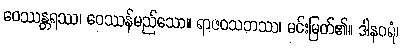
ဝေဿန္တရဿ၊ ဝေဿန်မည်သော။ ရာဇဝသဘဿ၊ မင်းမြတ်၏။ ဒါနဝရံ၊